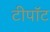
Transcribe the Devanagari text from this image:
टीपॉट